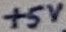
Text: +5V